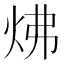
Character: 炥